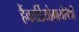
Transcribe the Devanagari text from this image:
हैंकार्डियोमायोपैथी